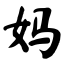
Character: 妈